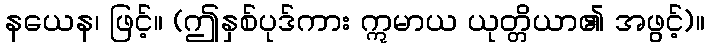
နယေန၊ ဖြင့်။ (ဤနှစ်ပုဒ်ကား ဣမာယ ယုတ္တိယာ၏ အဖွင့်)။